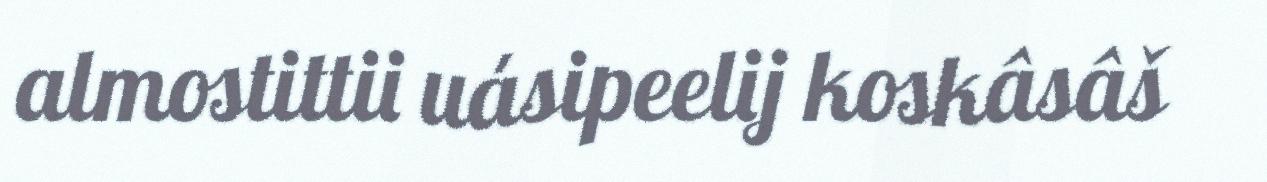
almostittii uásipeelij koskâsâš